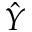
\hat { Y }